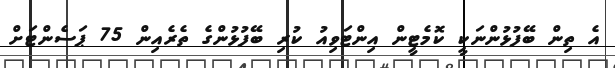
އެ ތިން ބޭފުޅުންނަކީ ކޮމެޓީން އިންޓަވިއު ކުރި ބޭފުޅުންގެ ތެރެއިން 75 ޕަސެންޓަށް